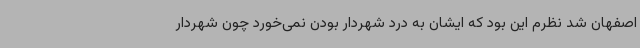
اصفهان شد نظرم این بود که ایشان به درد شهردار بودن نمی‌خورد چون شهردار